65_HS1-834228961_62-HQ-83894_Section_9
Agency: FBI
Page 16
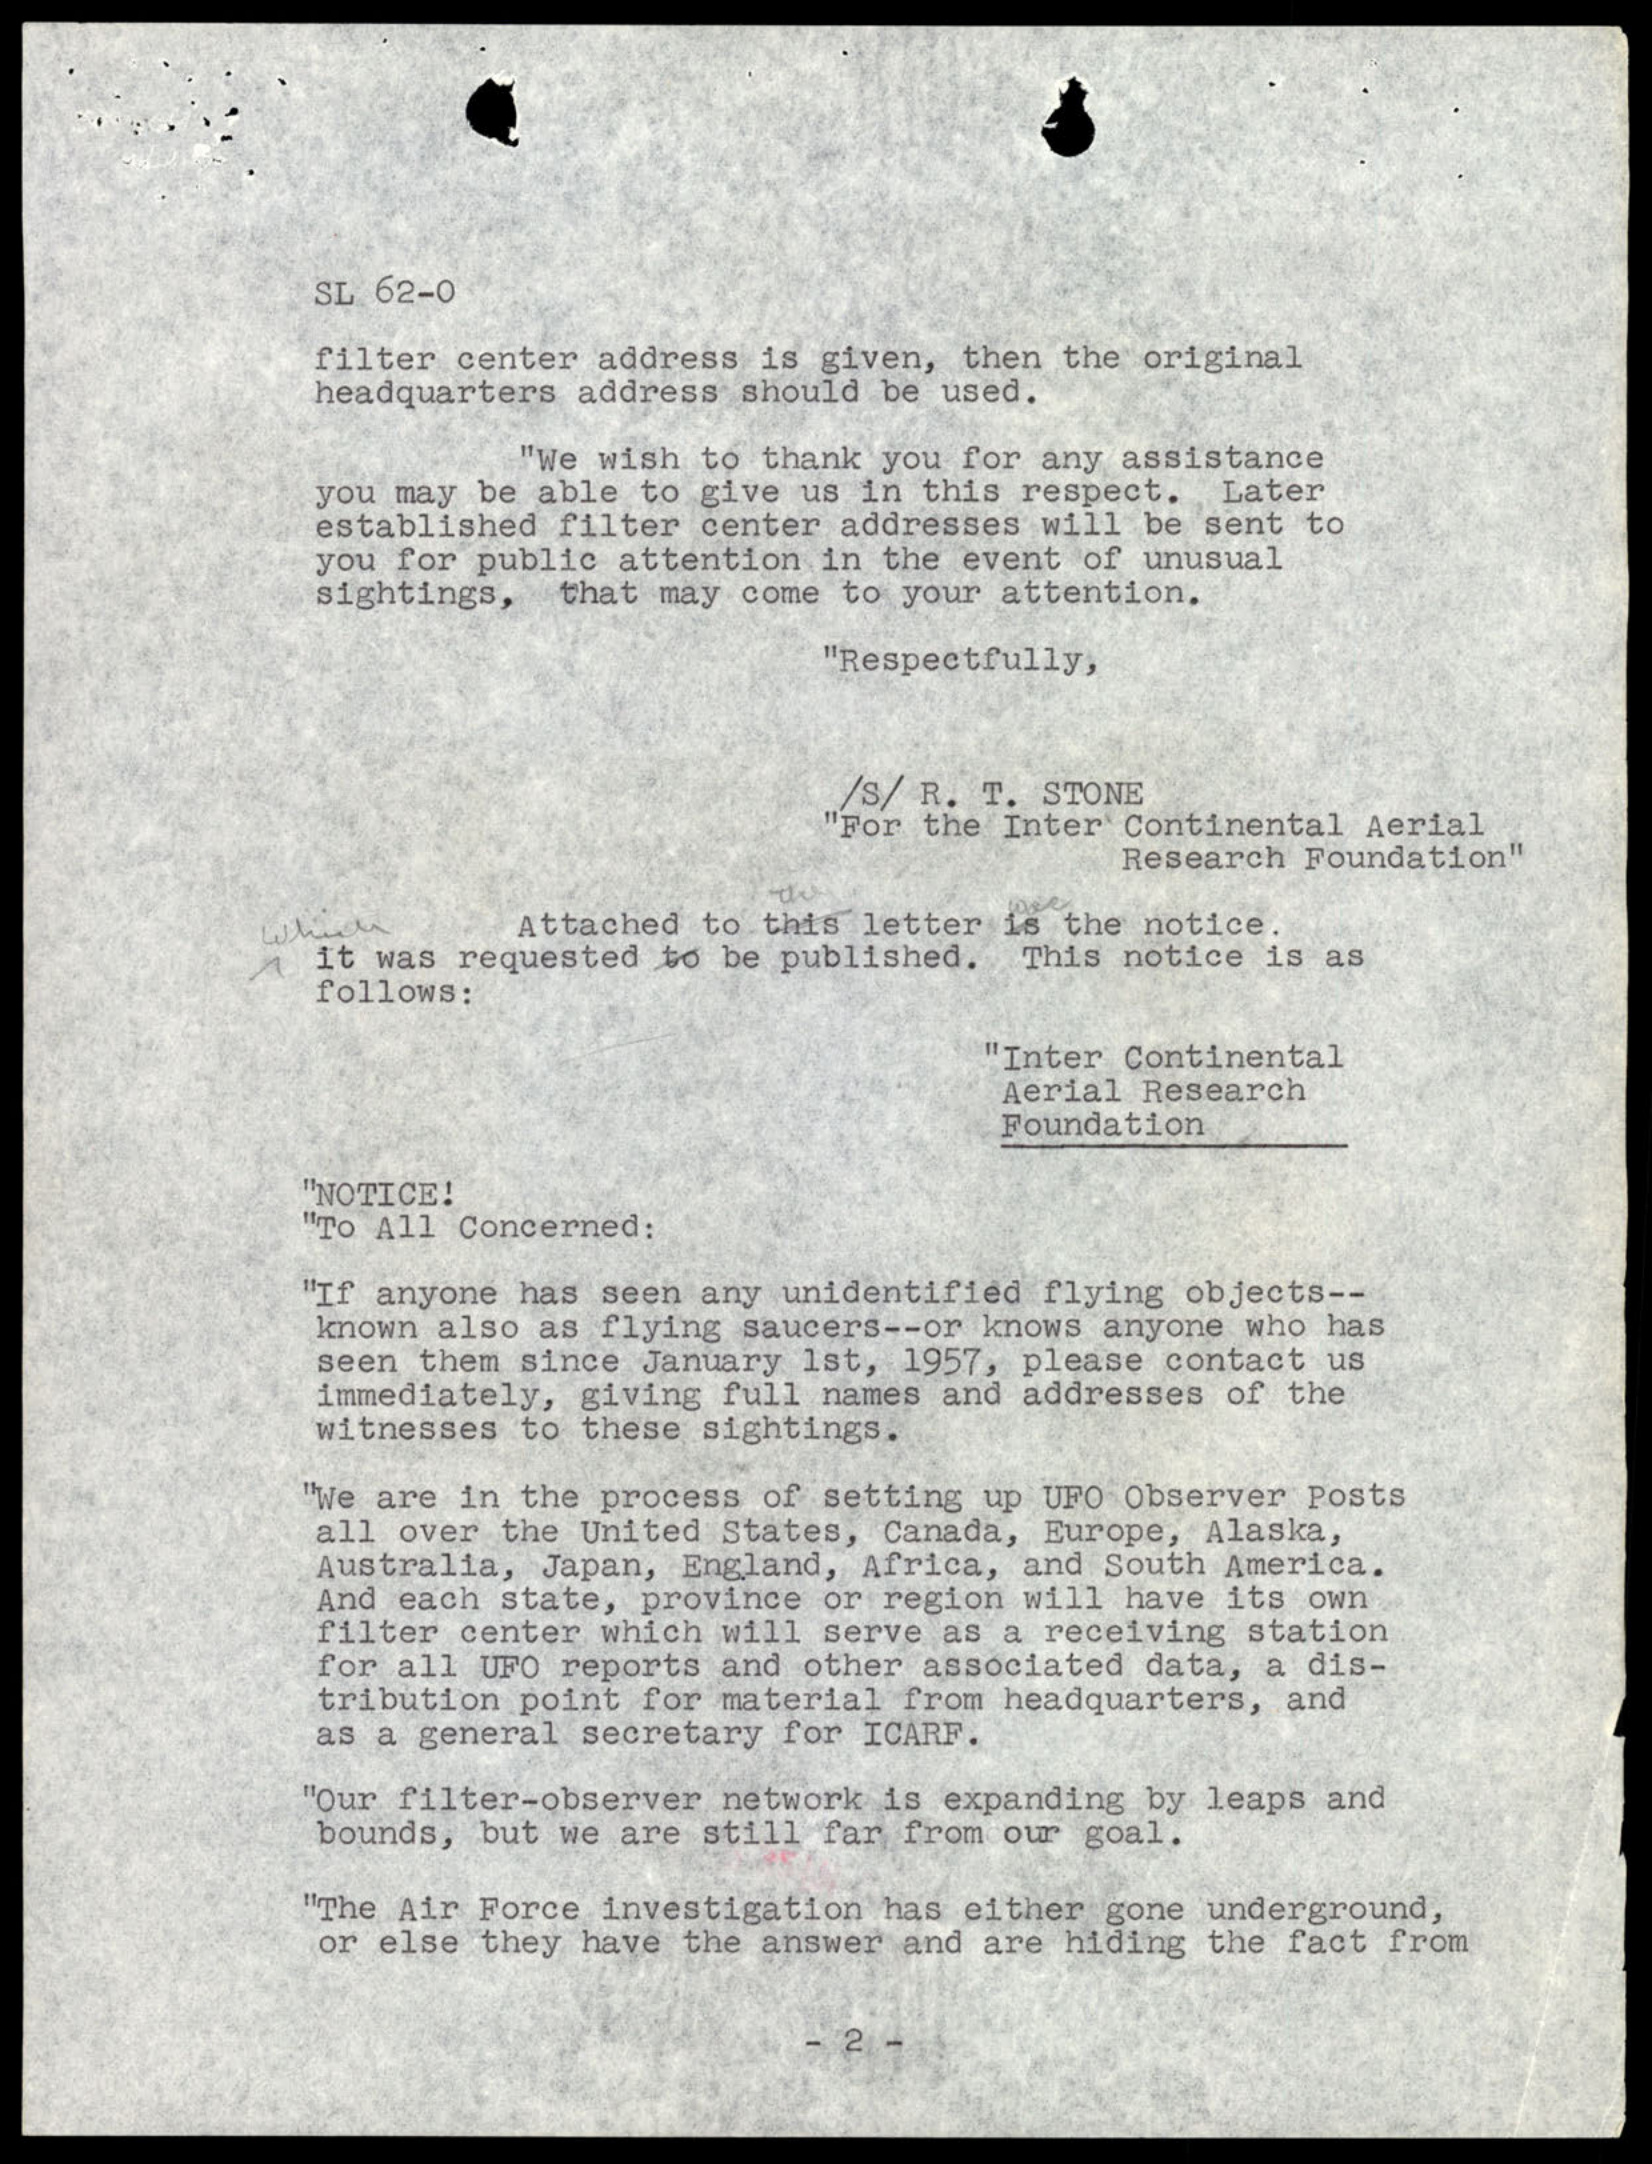